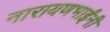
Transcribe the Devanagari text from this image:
नारायणभाईंनी